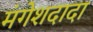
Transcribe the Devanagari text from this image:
मंगेशदादा